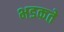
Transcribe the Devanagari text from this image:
भडकते